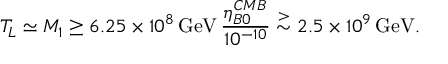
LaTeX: T _ { L } \simeq M _ { 1 } \geq 6 . 2 5 \times 1 0 ^ { 8 } \, \mathrm { G e V } \, { \frac { \eta _ { B 0 } ^ { C M B } } { 1 0 ^ { - 1 0 } } } \stackrel { > } { \sim } 2 . 5 \times 1 0 ^ { 9 } \, \mathrm { G e V } .